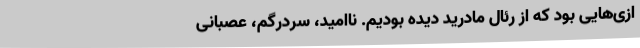
ازی‌هایی بود که از رئال مادرید دیده بودیم. ناامید، سردرگم، عصبانی